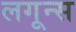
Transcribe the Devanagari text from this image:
लगून्स